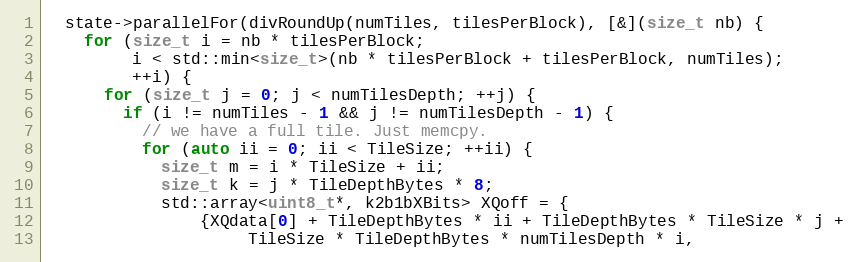
Language: C++
  state->parallelFor(divRoundUp(numTiles, tilesPerBlock), [&](size_t nb) {
    for (size_t i = nb * tilesPerBlock;
         i < std::min<size_t>(nb * tilesPerBlock + tilesPerBlock, numTiles);
         ++i) {
      for (size_t j = 0; j < numTilesDepth; ++j) {
        if (i != numTiles - 1 && j != numTilesDepth - 1) {
          // we have a full tile. Just memcpy.
          for (auto ii = 0; ii < TileSize; ++ii) {
            size_t m = i * TileSize + ii;
            size_t k = j * TileDepthBytes * 8;
            std::array<uint8_t*, k2b1bXBits> XQoff = {
                {XQdata[0] + TileDepthBytes * ii + TileDepthBytes * TileSize * j +
                     TileSize * TileDepthBytes * numTilesDepth * i,